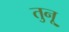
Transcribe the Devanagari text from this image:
तुनू